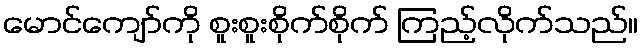
မောင်ကျော်ကို စူးစူးစိုက်စိုက် ကြည့်လိုက်သည်။